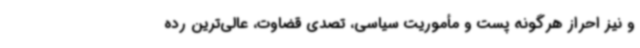
و نیز احراز هرگونه پست و مأموریت سیاسی، تصدی قضاوت، عالی‌ترین رده